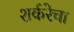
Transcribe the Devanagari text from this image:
शर्करेचा